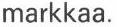
markkaa.